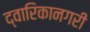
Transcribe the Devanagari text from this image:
द्वारिकानगरी